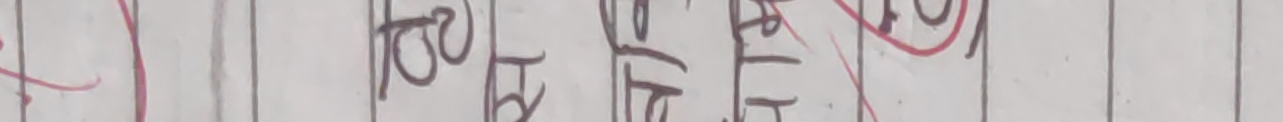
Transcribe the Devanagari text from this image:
१०० तो ट ठ